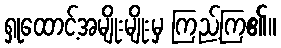
ရှုထောင့်အမျိုးမျိုးမှ ကြည့်ကြ၏။